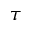
\tau